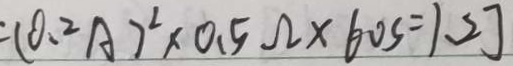
= ( 0 . 2 A ) ^ { 2 } \times 0 . 5 \Omega \times 6 0 s = 1 . 2 J